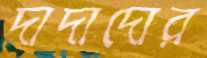
দাদাদোর